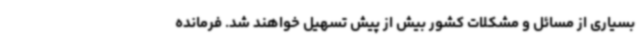
بسیاری از مسائل و مشکلات کشور بیش از پیش تسهیل خواهند شد. فرمانده